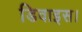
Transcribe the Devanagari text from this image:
डिवाइस।